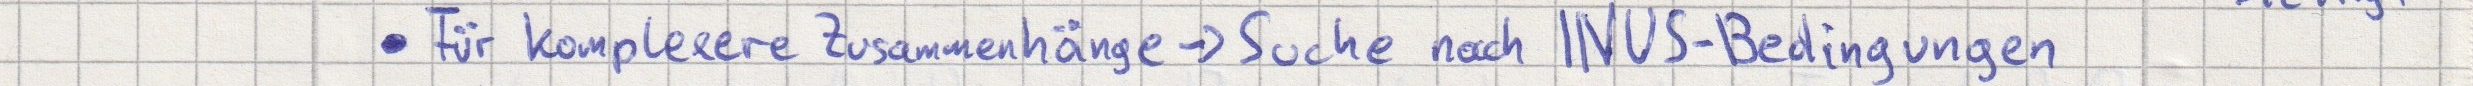
- Für komplexere Zusammenhänge -> Suche nach INUS-Bedingungen